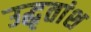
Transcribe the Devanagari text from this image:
उद्धृतांश